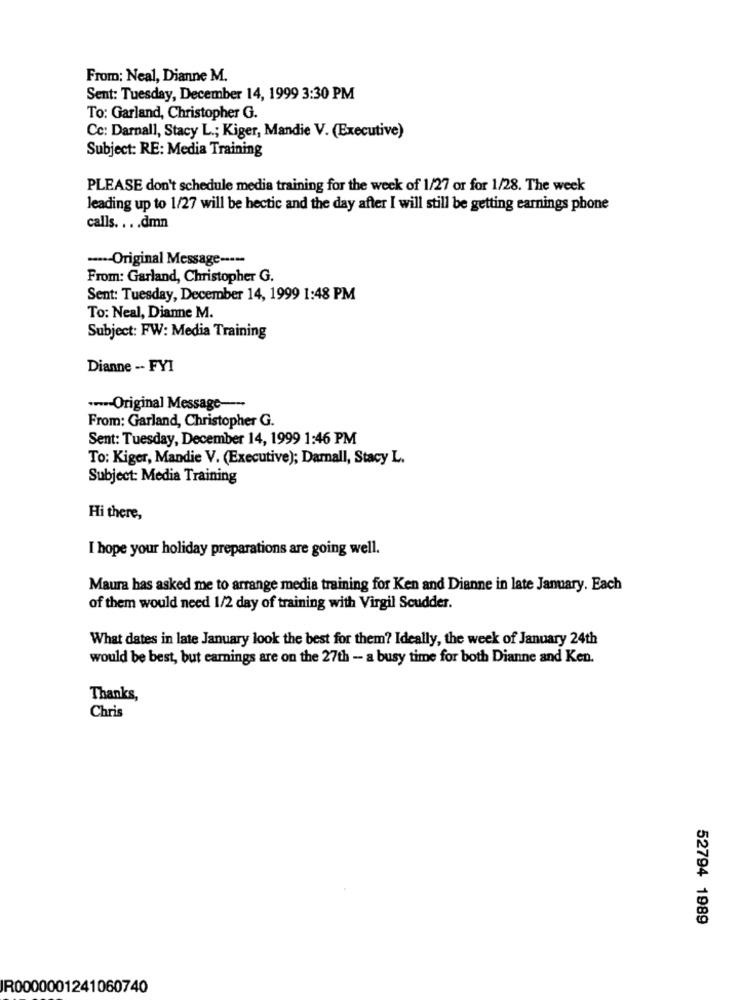
From: Neal, Dianne M.
Sent: Tuesday, December 14, 1999 3:30 PM
To: Garland, Christopher G.
Cc: Darnall, Stacy L .; Kiger, Mandie V. (Executive)
Subject: RE: Media Training
PLEASE don't schedule media training for the week of 1/27 or for 1/28. The week
leading up to 1/27 will be hectic and the day after I will still be getting earnings phone
calls. ... dmn
----- Original Message -----
From: Garland, Christopher G.
Sent: Tuesday, December 14, 1999 1:48 PM
To: Neal, Dianne M.
Subject: FW: Media Training
Dianne -- FYI
.--- Original Message --
From: Garland, Christopher G.
Sent: Tuesday, December 14, 1999 1:46 PM
To: Kiger, Mandie V. (Executive); Darall, Stacy L.
Subject: Media Training
Hi there,
I hope your holiday preparations are going well.
Maura has asked me to arrange media training for Ken and Dianne in late January. Each
of them would need 1/2 day of training with Virgil Scudder.
What dates in late January look the best for them? Ideally, the week of January 24th
would be best, but earnings are on the 27th - a busy time for both Dianne and Ken.
Thanks,
Chris
52794 1989
R0000001241060740